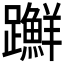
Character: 𨇤